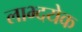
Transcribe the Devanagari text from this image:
लाभ्दयेक